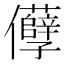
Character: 𠑦